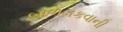
બાળલકવાની